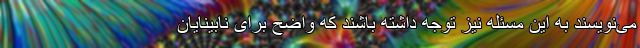
می‌نویسند به این مسئله نیز توجه داشته باشند که واضح برای نابینایان